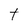
Character: t